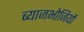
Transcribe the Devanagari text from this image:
ब्याजभोजियों